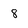
Character: 8